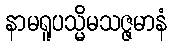
နာမရူပသ္မိမသဇ္ဇမာနံ